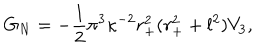
G _ { N } = - \frac { 1 } { 2 } \pi ^ { 3 } \kappa ^ { - 2 } r _ { + } ^ { 2 } ( r _ { + } ^ { 2 } + l ^ { 2 } ) V _ { 3 } ,